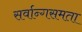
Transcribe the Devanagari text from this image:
सर्वान्गसमता